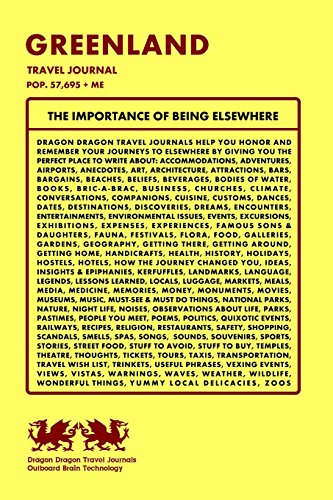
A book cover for Greenland Travel Journal, Pop. 57,695 + Me; Dragon Dragon Travel Journals; Travel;